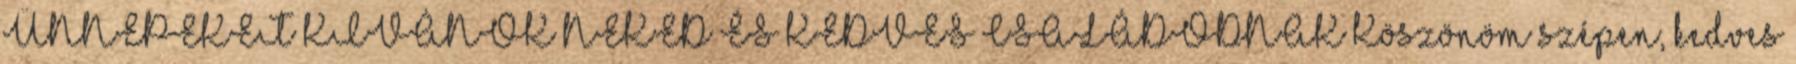
ÜNNEPEKET KÍVÁNOK NEKED ÉS KEDVES CSALÁDODNAK Köszönöm szépen, kedves